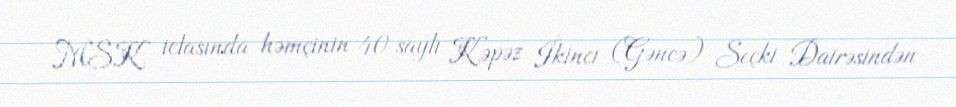
MSK iclasında həmçinin 40 saylı Kəpəz İkinci (Gəncə) Seçki Dairəsindən